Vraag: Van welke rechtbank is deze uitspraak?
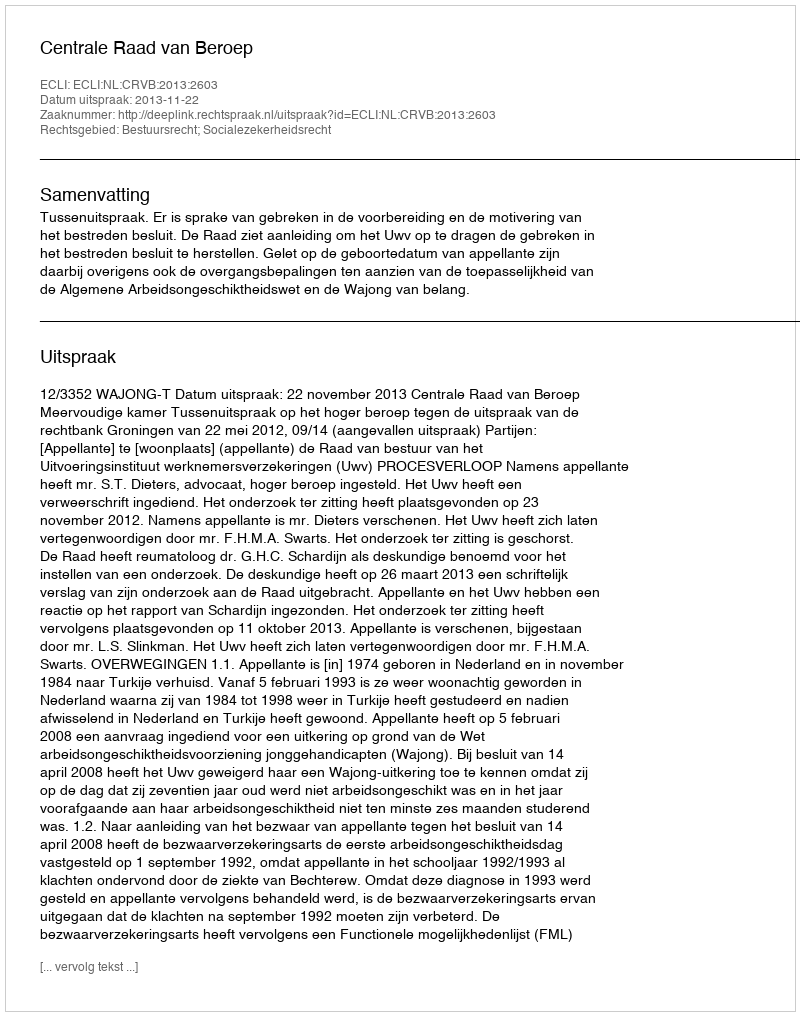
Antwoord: Centrale Raad van Beroep